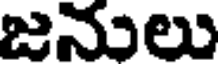
జనులు